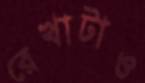
রেখাটাও